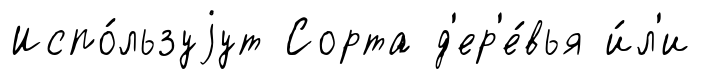
Испо́льзуjут Сорта д'ер'е́вья и́л'и